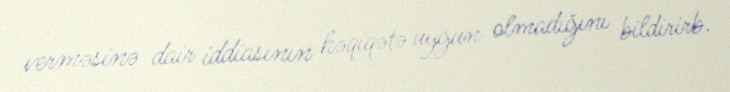
verməsinə dair iddiasının həqiqətə uyğun olmadığını bildirirb.